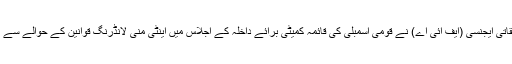
یاد رہے اس سے قبل وفاقی تحقیقاتی ایجنسی (ایف آئی اے) نے قومی اسمبلی کی قائمہ کمیٹی برائے داخلہ کے اجلاس میں اینٹی منی لانڈرنگ قوانین کے حوالے سے نیب کے اختیارات مانگے تھے۔